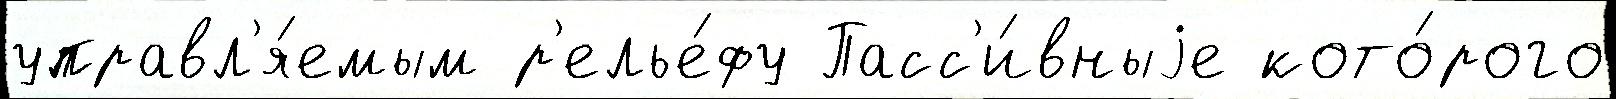
управл'я́емым р'елье́фу Пасс'и́вныjе кото́рого